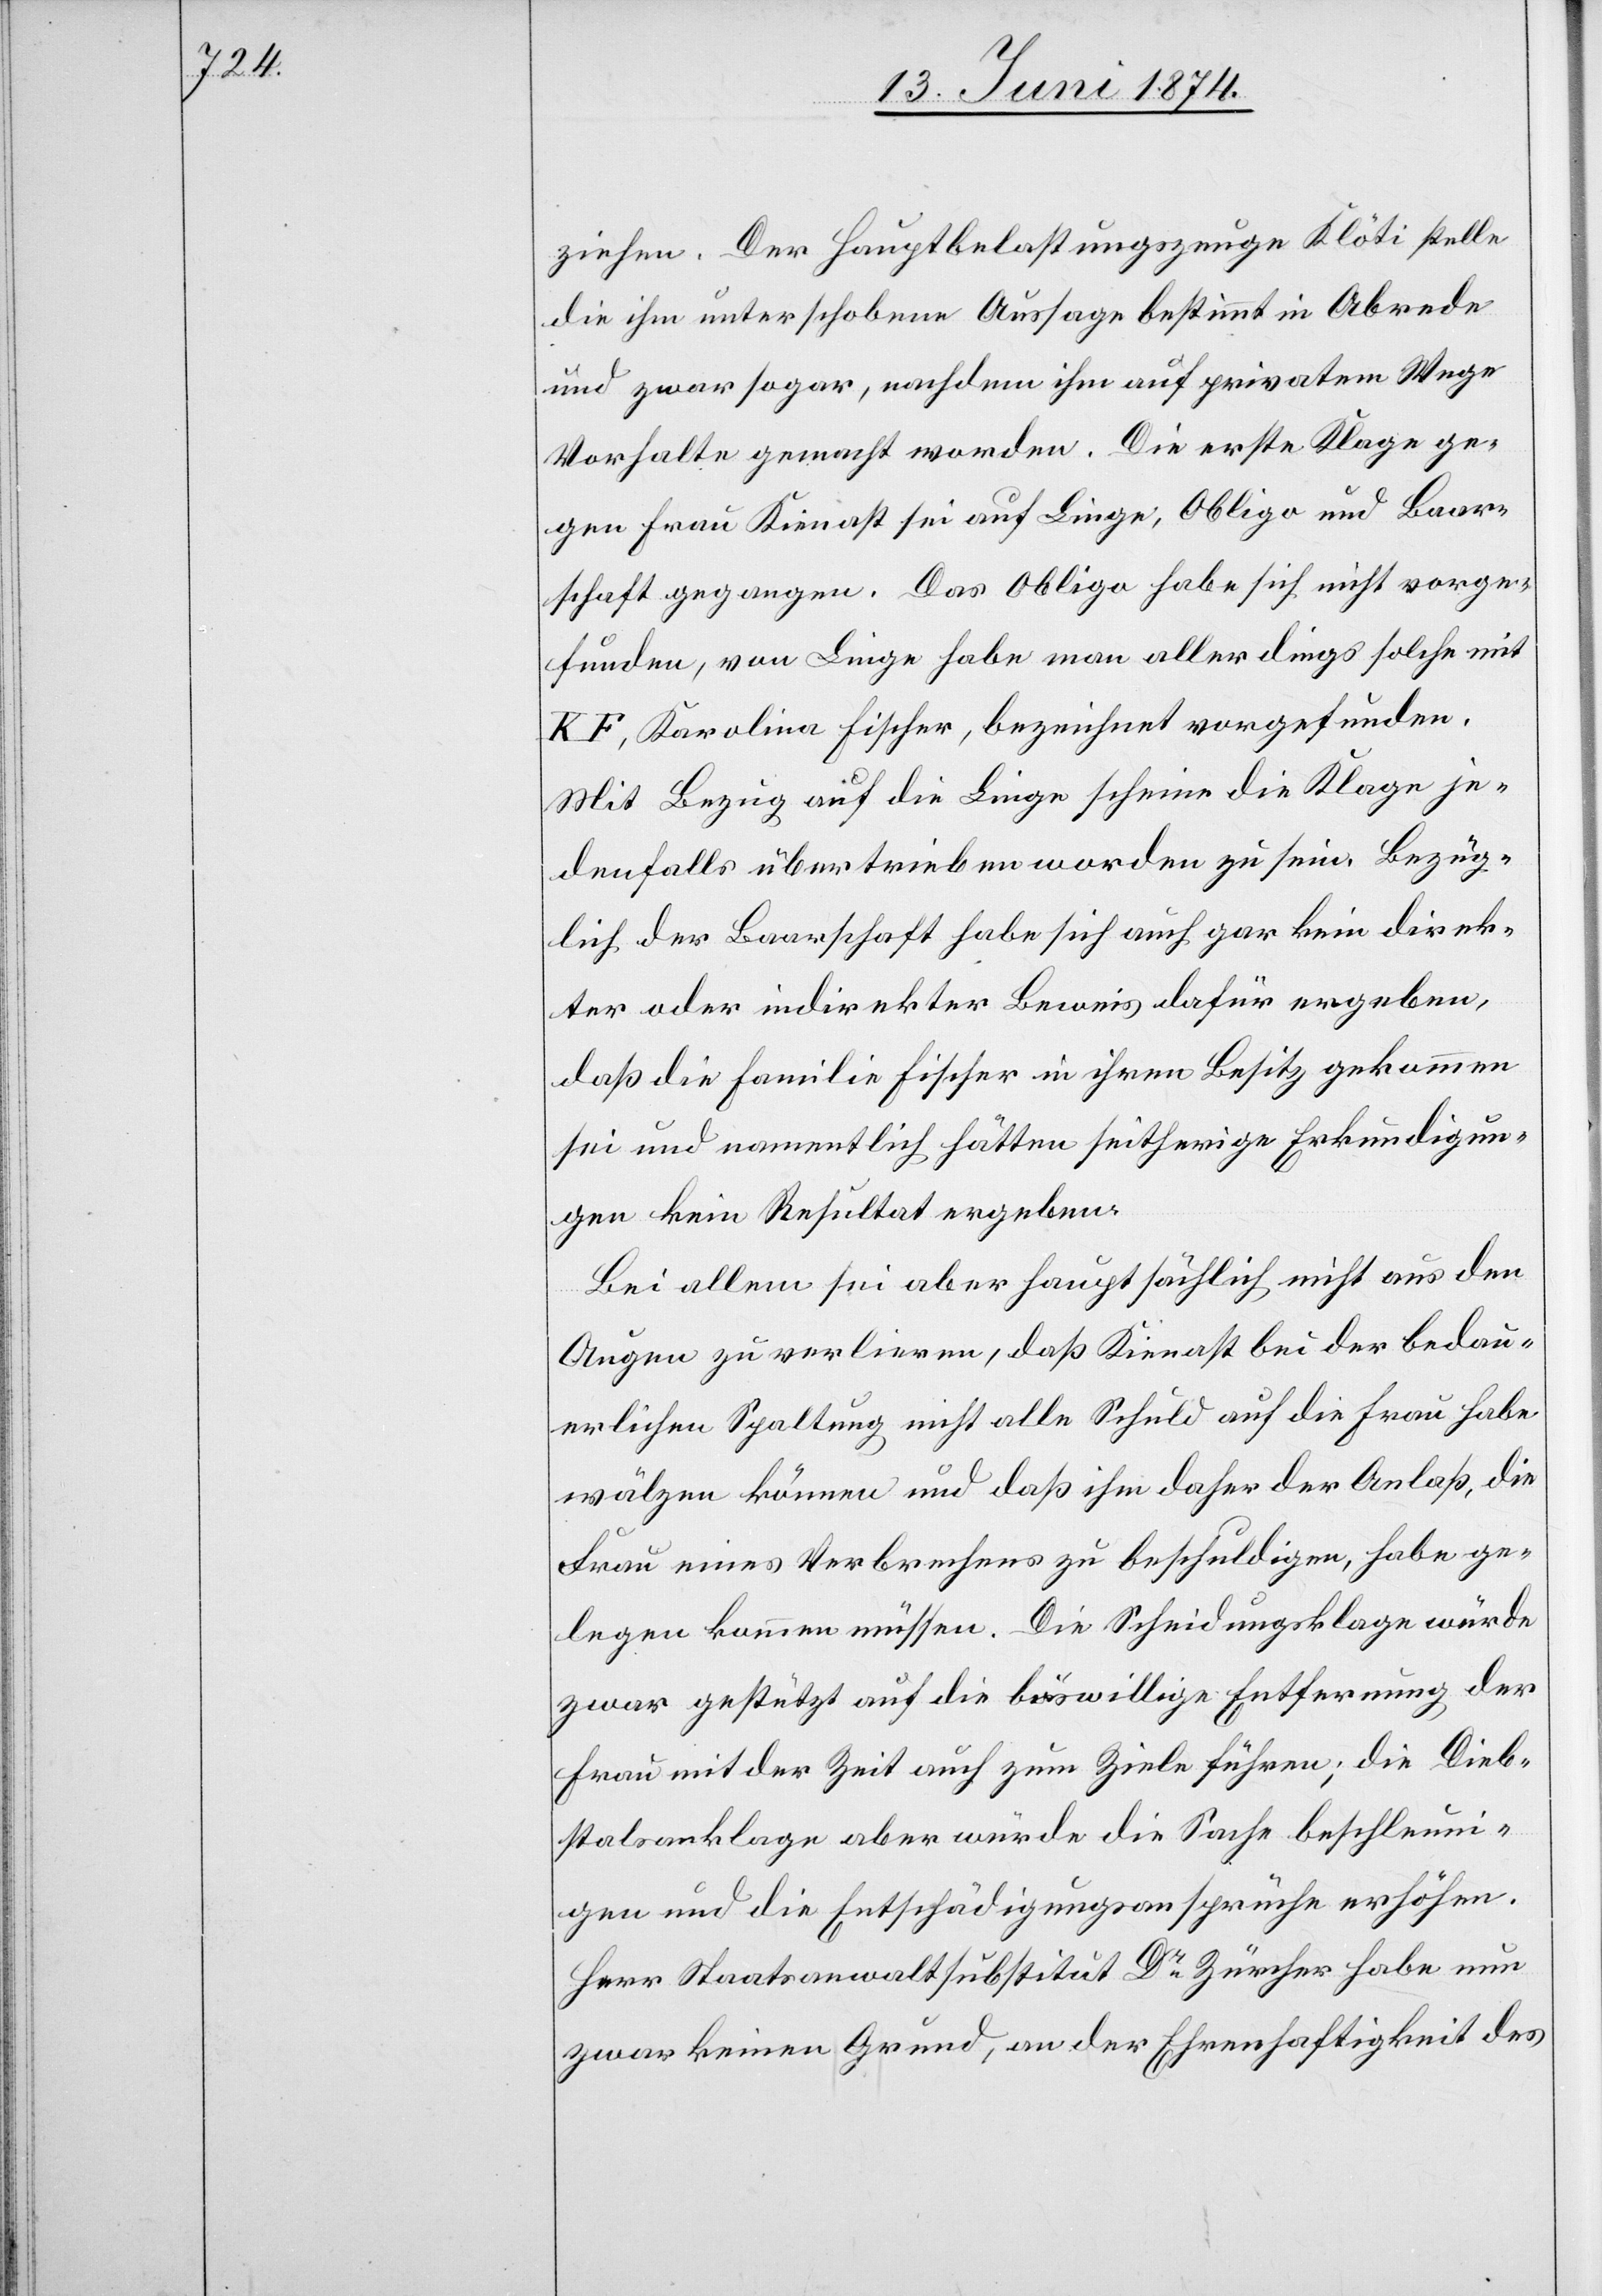
ziehen. Der Hauptbelastungszeuge Klöti stelle
die ihm unterschobene Aussage bestimmt in Abrede
und zwar sogar, nachdem ihm auf privatem Wege
Vorhalte gemacht worden. Die erste Klage ge¬
gen Frau Kienast sei auf Linge, Obligo und Baar¬
schaft gegangen. Das Obligo habe sich nicht vorge¬
funden, von Linge habe man allerdings solche mit
K F, Karolina Fischer, bezeichnet vorgefunden.
Mit Bezug auf die Linge scheine die Klage je¬
denfalls übertrieben worden zu sein. Bezüg¬
lich der Baarschaft habe sich auch gar kein direk¬
ter oder indirekter Beweis dafür ergeben,
daß die Familie Fischer in ihren Besitz gekommen
sei und namentlich hätten seitherige Erkundigun¬
gen kein Resultat ergeben.
Bei allem sei aber hauptsächlich nicht aus den
Augen zu verlieren, daß Kienast bei der bedau¬
erlichen Spaltung nicht alle Schuld auf die Frau habe
wälzen können und daß ihm daher der Anlaß, die
Frau eines Verbrechens zu beschuldigen, habe ge¬
legen kommen müssen. Die Scheidungsklage würde
zwar gestützt auf die böswillige Entfernung der
Frau mit der Zeit auch zum Ziele führen; die Dieb¬
stalsanklage aber würde die Sache beschleuni¬
gen und die Entschädigungsansprüche erhöhen.
Herr Staatsanwaltsubstitut Dr Zürcher habe nun
zwar keinen Grund, an der Ehrenhaftigkeit des